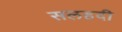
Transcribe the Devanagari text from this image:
सलहदी